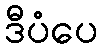
ဒီပံပေ